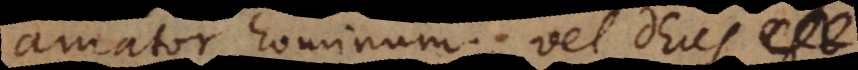
amator hominum; vel Deus est